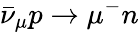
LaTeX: \bar{\nu}_{\mu}p\to\mu^{-}n